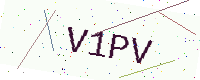
Text: V1PV